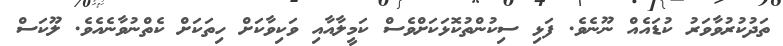
ތަދުކުރުވާވަރު ކުޑައެއް ނޫނެވެ. ފަޅި ސިކުންތުކޮޅަކަށްވެސް ކަމީލާއާއި ވަކިވާކަށް ހިތަކަށް ކެތްނުވާނެއެވެ. ލޫކަސް